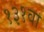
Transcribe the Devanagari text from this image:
१३१वा